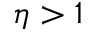
\eta > 1